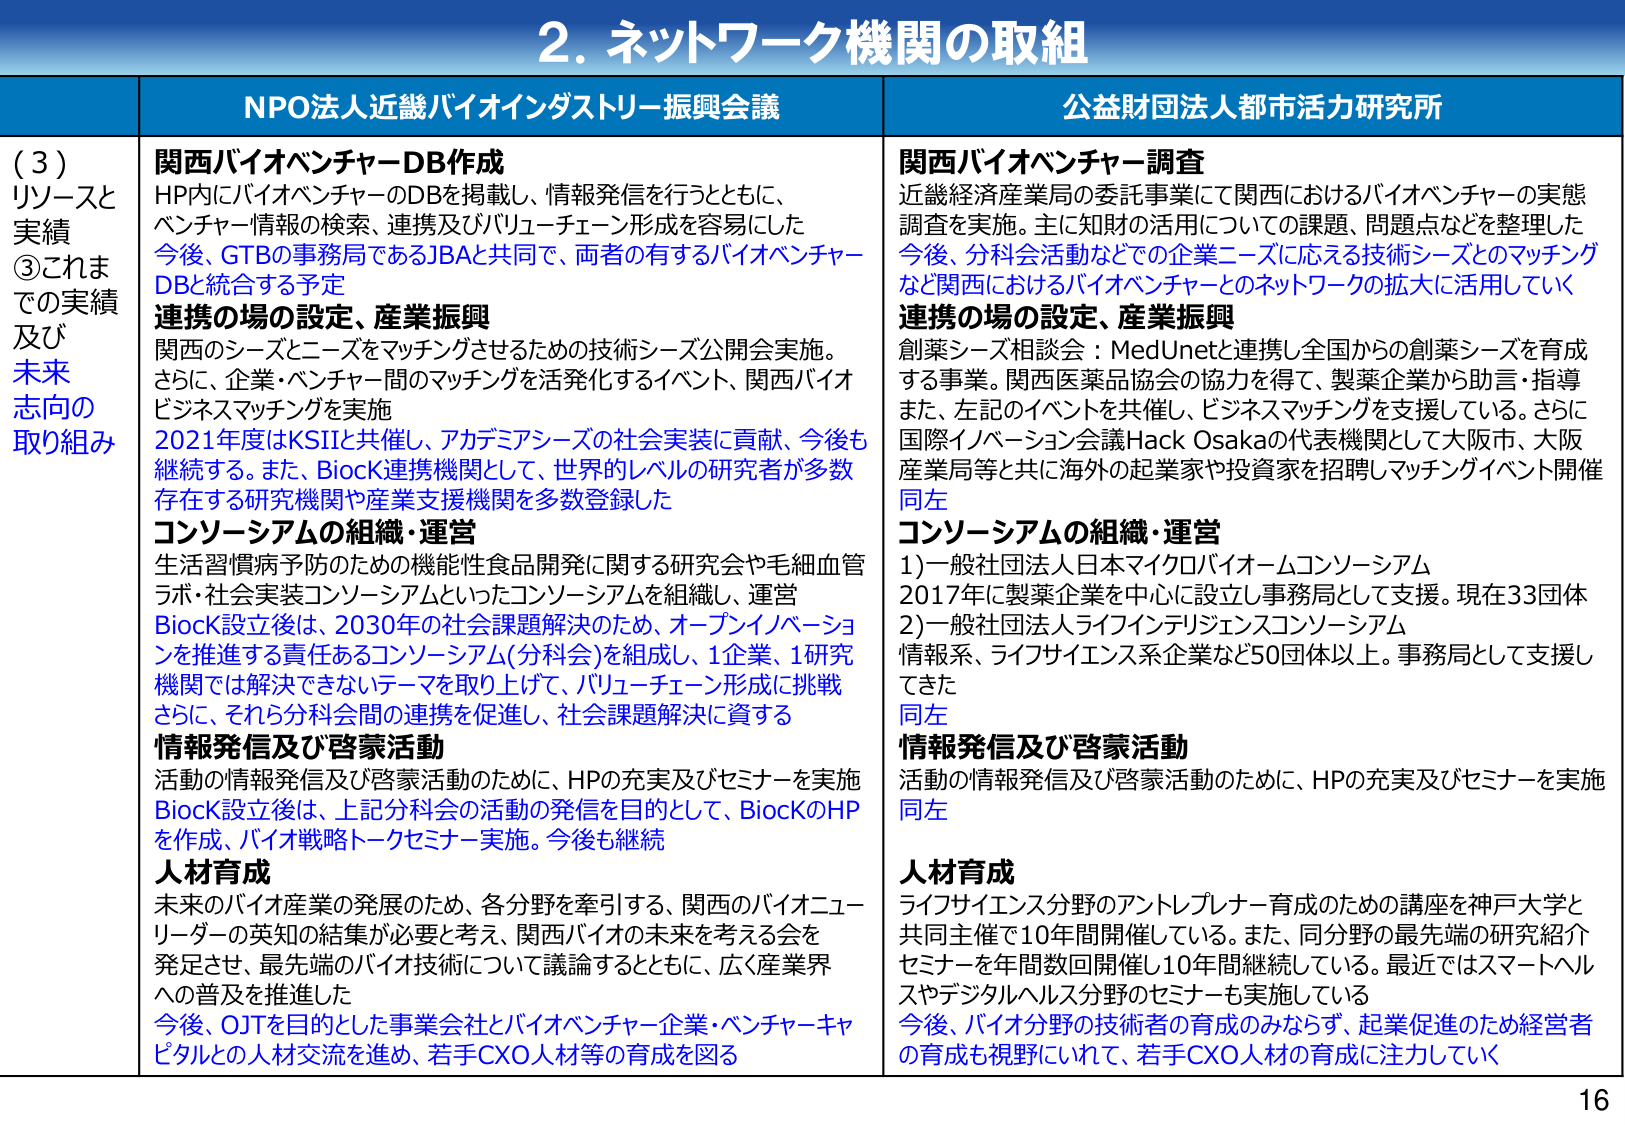
2. ネットワーク機関の取組

(3) リソースと実績
③これまでの実績及び未来志向の取り組み

NPO法人近畿バイオインダストリー振興会議

関西バイオベンチャーDB作成
HP内にバイオベンチャーのDBを掲載し、情報発信を行うとともに、
ベンチャー情報の検索、連携及びバリューチェーン形成を容易にした
今後、GTBの事務局であるJBAと共同で、両者の有するバイオベンチャーDB統合する予定

連携の場の設定、産業振興
関西のシーズとニーズをマッチングさせるための技術シーズ公開会実施。
さらに、企業・ベンチャー間のマッチングを活発化するイベント、関西バイオビジネスマッチングを実施
2021年度はKSIIと共催し、アカデミアシーズの社会実装に貢献、今後も継続する。また、BiocK連携機関として、世界のレベルの研究者が多数存在する研究機関や産業支援機関を多数登録した

コンソーシアムの組織・運営
生活習慣病予防のための機能性食品開発に関する研究会や毛細血管ラボ・社会実装コンソーシアムといったコンソーシアムを組織し、運営
BiocK設立後は、2030年の社会課題解決のため、オープンイノベーションを推進する責任あるコンソーシアム(分科会)を組成し、1企業、1研究機関では解決できないテーマを取り上げて、バリューチェーン形成に挑戦
さらに、それら分科会間の連携を促進し、社会課題解決に資する

情報発信及び啓蒙活動
活動の情報発信及び啓蒙活動のために、HPの充実及びセミナーを実施
BiocK設立後は、上記分科会の活動の発信を目的として、BiocKのHPを作成、バイオ戦略トークセミナー実施。今後も継続

人材育成
未来のバイオ産業の発展のため、各分野を牽引する、関西のバイオニューリーダーの英知の結集が必要と考え、関西バイオの未来を考える会を発足させ、最先端のバイオ技術について議論するとともに、広く産業界への普及を推進した
今後、OJTを目的とした事業会社とバイオベンチャー企業・ベンチャーキャピタルとの人材交流を進め、若手CXO人材等の育成を図る

公益財団法人都市活力研究所

関西バイオベンチャー調査
近畿経済産業局の委託事業にて関西におけるバイオベンチャーの実態調査を実施。主に知財の活用についての課題、問題点などを整理した
今後、分科会活動などでの企業ニーズに応える技術シーズとのマッチングなど関西におけるバイオベンチャーとのネットワークの拡大に活用していく

連携の場の設定、産業振興
創薬シーズ相談会：MedUnetと連携し全国からの創薬シーズを育成する事業。関西医薬品協会の協力を得て、製薬企業から助言・指導
また、左記のイベントを共催し、ビジネスマッチングを支援している。さらに国際イノベーション会議Hack Osakaの代表機関として大阪市、大阪産業局等と共に海外の起業家や投資家を招聘しマッチングイベント開催
同左

コンソーシアムの組織・運営
1)一般社団法人日本マイクロバイオームコンソーシアム
2017年に製薬企業を中心に設立し事務局として支援。現在33団体
2)一般社団法人ライフインテリジェンスコンソーシアム
情報系、ライフサイエンス系企業など50団体以上。事務局として支援してきた
同左

情報発信及び啓蒙活動
活動の情報発信及び啓蒙活動のために、HPの充実及びセミナーを実施
同左

人材育成
ライフサイエンス分野のアントレプレナー育成のための講座を神戸大学と共同主催で10年間開催している。また、同分野の最先端の研究紹介セミナーを年間数回開催し10年間継続している。最近ではスマートヘルスやデジタルヘルス分野のセミナーも実施している
今後、バイオ分野の技術者の育成のみならず、起業促進のため経営者の育成も視野にいれて、若手CXO人材の育成に注力していく

16